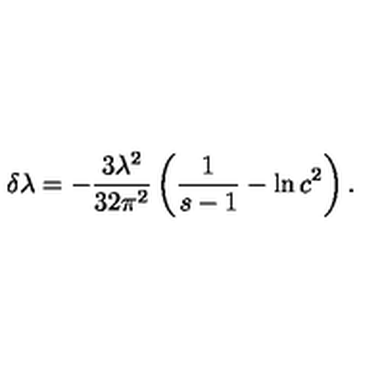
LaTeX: \delta \lambda = - \frac { 3 \lambda ^ { 2 } } { 3 2 \pi ^ { 2 } } \left( { \frac { 1 } { s - 1 } } - \ln c ^ { 2 } \right) .